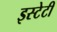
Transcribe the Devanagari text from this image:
इस्टेटी